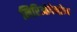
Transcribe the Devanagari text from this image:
लिरिओदेन्द्रोन